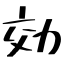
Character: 効